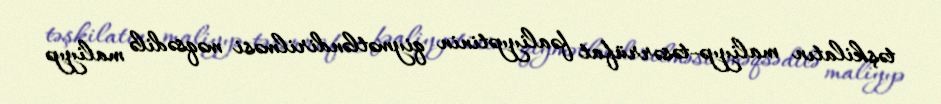
təşkilatın maliyyə-təsərrüfat fəaliyyətinin qiymətləndirilməsi məqsədilə maliyyə